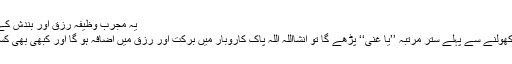
یہ مجرب وظیفہ رزق اور بندش کے خاتمہ کیلئے نہایت بہترین ہے.
کوئی بھی دکاندار اور تاجر دفتر کھولنے سے پہلے ستر مرتبہ ’’یا غنی‘‘ پڑھے گا تو انشااللہ اللہ پاک کاروبار میں برکت اور رزق میں اضافہ ہو گا اور کبھی بھی کسی نقصان کا خوف نہیں رہے گا ۔